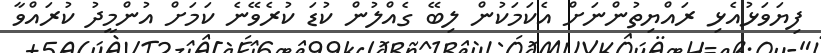
ފިޔަވަޅުއެޅި ރައްޔިތުންނަށް އެކަމަކުން ލިބޭ ގެއްލުން ކުޑަ ކުރެވޭނެ ކަމަށް އުންމީދު ކުރައްވާ